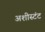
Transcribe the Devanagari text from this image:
अशीस्टंट